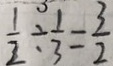
\frac { 1 } { 2 } \div \frac { 1 } { 3 } = \frac { 3 } { 2 }